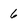
Character: 6